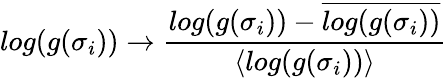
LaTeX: log(g(\sigma_{i}))\rightarrow\frac{log(g(\sigma_{i}))-\overline{{log(g(\sigma_{i}))}}}{\langle{log(g(\sigma_{i}))}\rangle}